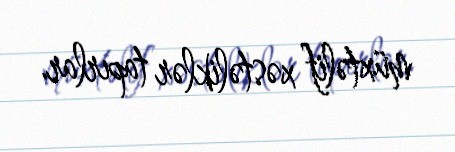
müxtəlif xəstəliklər tapırlar.